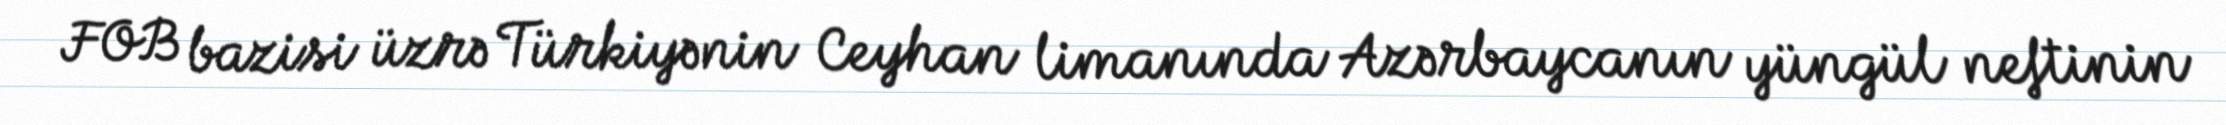
FOB bazisi üzrə Türkiyənin Ceyhan limanında Azərbaycanın yüngül neftinin